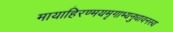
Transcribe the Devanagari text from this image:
मायाहिरण्मयमृगाभ्यनुधावनस्य